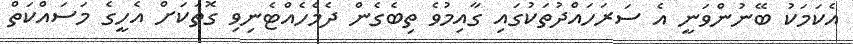
އެކަމަކު ބޭނުންވަނީ އެ ސަރަހައްދުތަކުގައި ގާއިމުވެ ތިބެގެން ދެމެހެއްޓެނިވި ގޮތަކަށް އެހީގެ މަސައްކަތް